Calcutta medical institutions reports 1871-78
Year: 1871
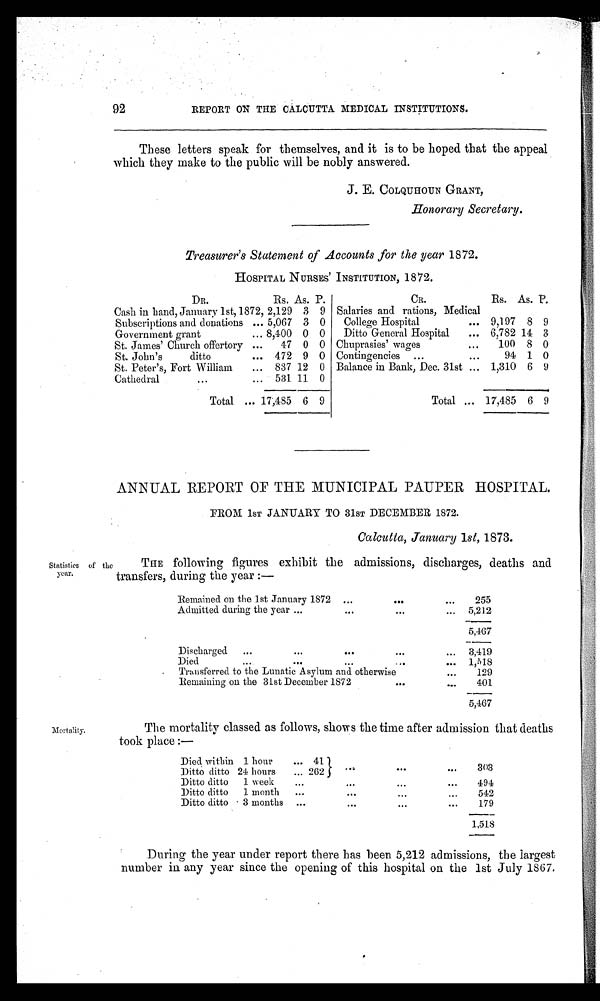
92
REPORT ON THE CALCUTTA MEDICAL INSTITUTIONS.
These letters speak for themselves, and it is to be hoped that the appeal
which they make to the public will be nobly answered.
J. E. C OLQUHOUN GRANT,
Honorary Secretary.
Treasurer's Statement of Accounts for the year 1872.
HOSPITAL NURSES' INSTITUTION, 18 72.
DR.
Rs. As. P.
CR.
Rs. As. P.
Cash in band, January 1st,1872, 2,129 3 9 Salaries and rations, Medical
Subscriptions and donations
5,067 3 0
College Hospital
9,197 8 9
Government grant
8,400 0 0
Ditto General Hospital
6,782 14 3
St. James' Church offertory
47 0 0 Chuprasies' wages
100 8 0
St. John's
ditto
472 9 0 Contingencies
94 1 0
St. Peter's, Fort William
837 12 0 Balance in Bank, Dec. 31st
1,310 6 9
Cathedral
531 11 0
Total
17,485 6 9
Total
17,485
6
9
ANNUAL REPORT OF THE MUNICIPAL PAUPER HOSPITAL.
FROM 1ST JANUARY TO 31ST DECEMBER 1872.
Calcutta, January 1st, 1873.
Statistics of the
year.
THE following figures exhibit the admissions, discharges, deaths and
transfers, during the year:—
Remained on the 1st January 1872
. . .
. . .
255
Admitted during the year
...
... 5,212
5,467
Discharged
. . .
...
3,419
Died
. . .
...
1,518
Transferred to the Lunatic Asylum and otherwise
. . .
129
Remaining on the 31st December 1872
. . .
. . .
401
5,467
Mortality.
The mortality classed as follows, shows the time after admission that deaths
took place:—
Died within 1 hour
. . . 41
. . .
. . .
303
Ditto ditto 24 hours
... 262
Ditto ditto
1 week
. . .
. . .
...
. . .
494
Ditto ditto
1 month
...
. . .
...
...
542
Ditto ditto
3 months
..
. . .
. . .
. .
179
1,518
During the year under report there has been 5,212 admissions, the largest
number in any year since the opening of this hospital on the 1st July 1867.